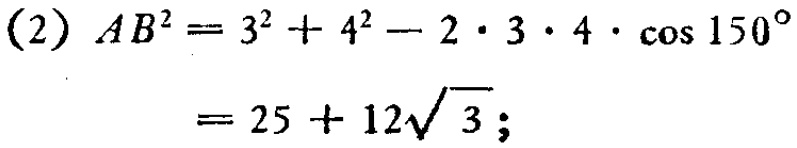
(2) \(AB^{2}=3^{2}+4^{2}-2\cdot3\cdot4\cdot\cos150^{\circ}\)

\(=25 + 12\sqrt{3}\);